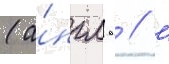
(а́нгл.  // '